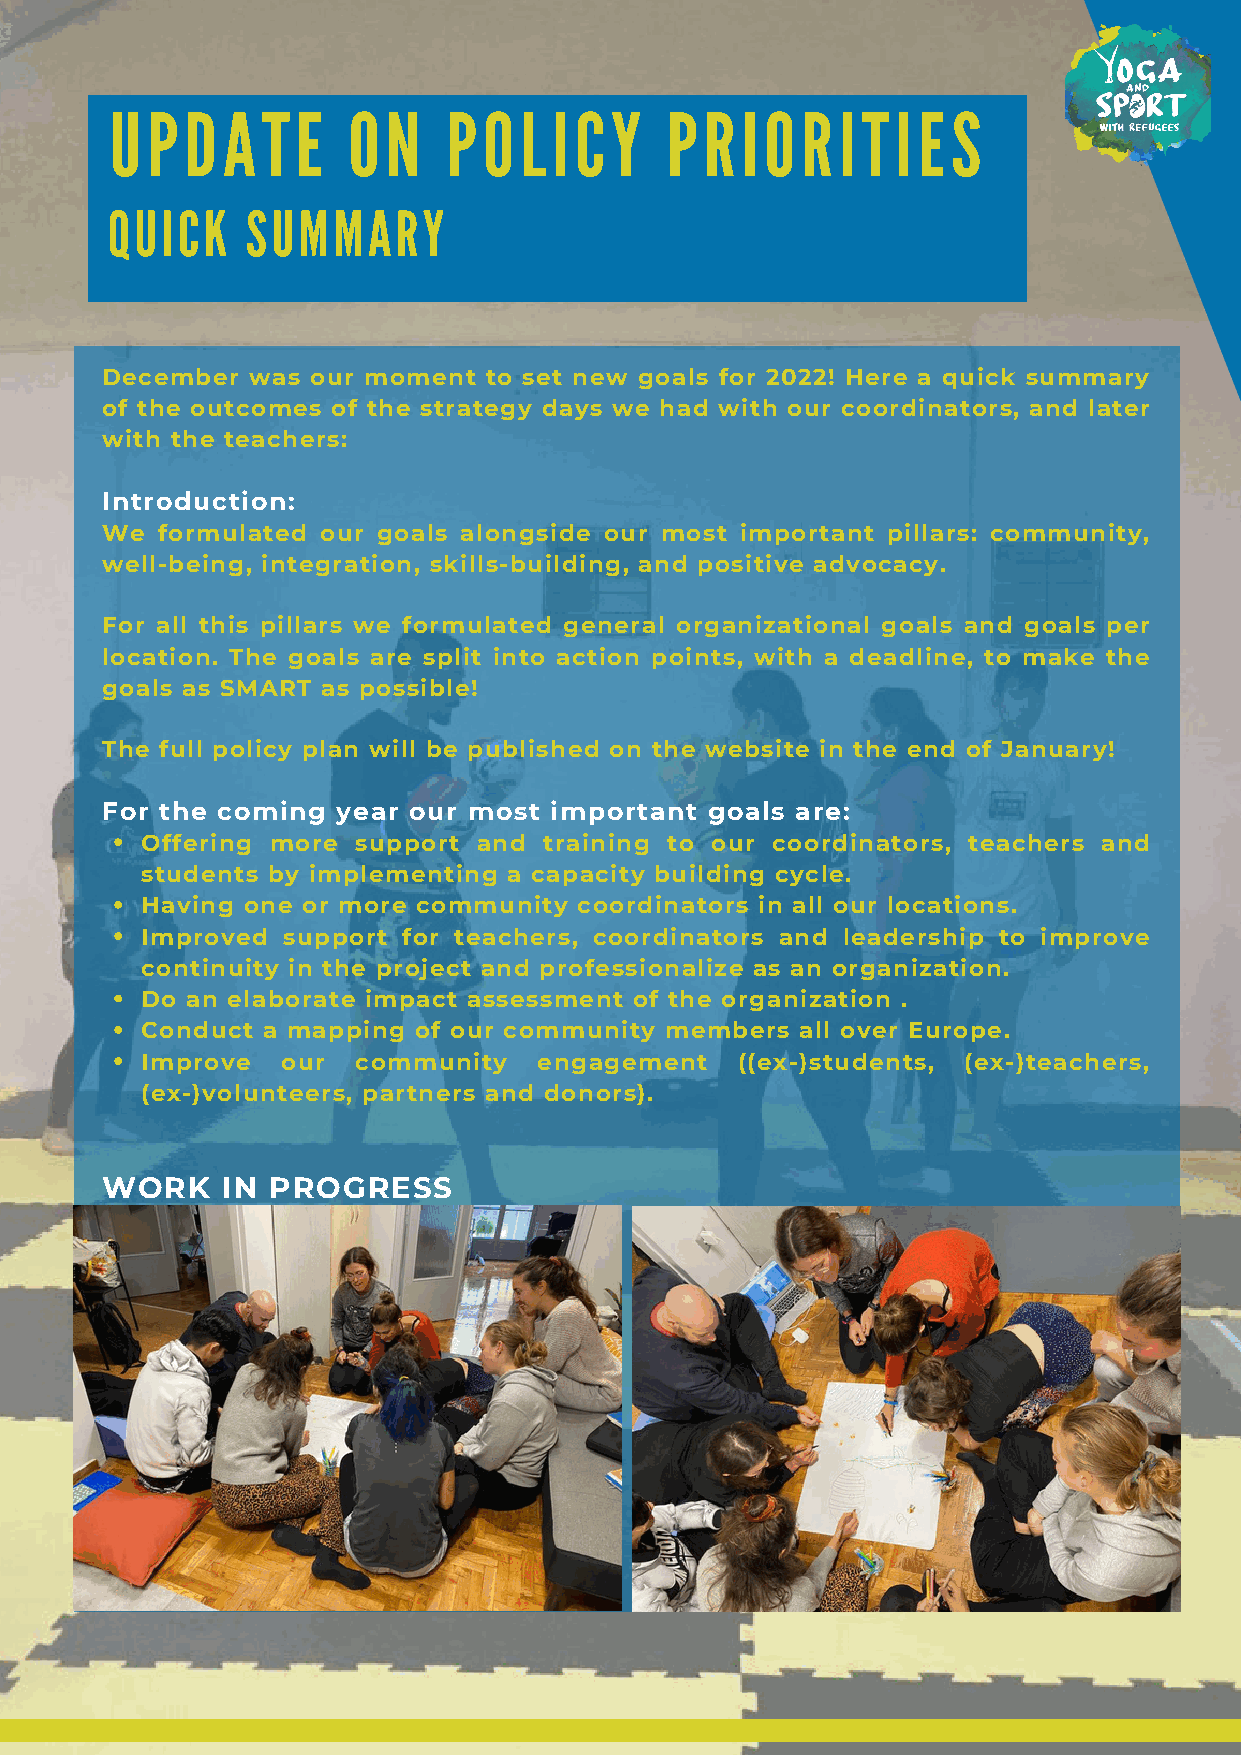
UPDATE          ON     POLICY        PRIORITIES
 QUICK    SUMMARY
 December was  our moment to set new goals for 2022! Here a quick summary
 of the outcomes of the strategy days we had with our coordinators, and later
 with the teachers:
 Introduction:
 We formulated our goals alongside our most important pillars: community,
 well-being, integration, skills-building, and positive advocacy.
 For all this pillars we formulated general organizational goals and goals per
 location. The goals are split into action points, with a deadline, to make the
 goals as SMART as possible!
 The full policy plan will be published on the website in the end of January!
 For the coming year our most important  goals are:
 Offering more  support and training to our coordinators, teachers and
 students by implementing a capacity building cycle.
 Having one or more community coordinators in all our locations.
 Improved  support for teachers, coordinators and leadership to improve
 continuity in the project and professionalize as an organization.
 Do an elaborate impact assessment of the organization .
 Conduct a mapping of our community members  all over Europe.
 Improve   our  community   engagement   ((ex-)students, (ex-)teachers,
 (ex-)volunteers, partners and donors).
 WORK    IN PROGRESS